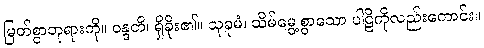
မြတ်စွာဘုရားကို။ ဝန္ဒတိ၊ ရှိခိုး၏။ သုခုမံ၊ သိမ်မွေ့စွာသော ပါဠိကိုလည်းကောင်း။